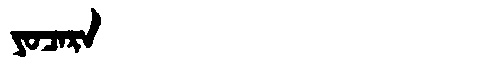
Manchu: ᠶᠣᠴᠠᡵᠠ
Romanization: YOCARA